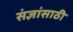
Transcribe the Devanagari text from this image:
संज्ञांसाठी